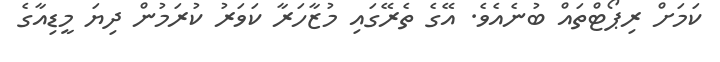
ކަމަށް ރިޕޯޓްތައް ބުނެއެވެ. އޭގެ ތެރޭގައި މުޒާހަރާ ކަވަރު ކުރަމުން ދިޔަ މީޑިއާގެ